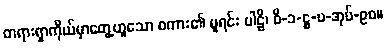
တရားရှာကိုယ်မှာတွေ့ဟူသော စကား၏ မူရင်း ပါဠိ၊ ဝိ-၁-ဋ္ဌ-ပ-အုပ်-၉၀။